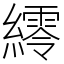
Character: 䌢